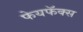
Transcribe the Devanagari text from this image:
फेयफॅक्स